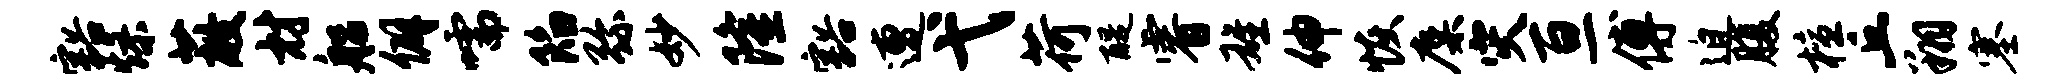
豁燥蔽材船僻嚅陷弥妙隆豁遭弋荷醍睿雄伸恢麋灾亘傅迫腹檀丘翔塞